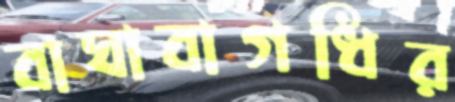
বাঘাবাগধির